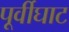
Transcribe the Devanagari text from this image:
पूर्वीघाट